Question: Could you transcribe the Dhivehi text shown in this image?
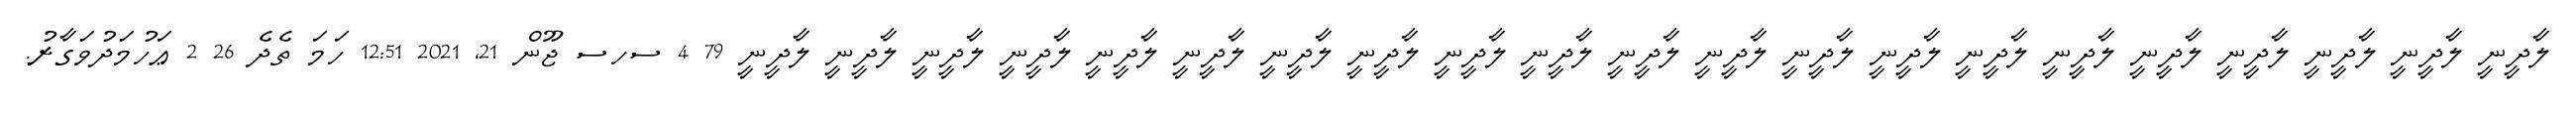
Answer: ލާދީނީ ލާދީނީ ލާދީނީ ލާދީނީ ލާދީނީ ލާދީނީ ލާދީނީ ލާދީނީ ލާދީނީ ލާދީނީ ލާދީނީ ލާދީނީ ލާދީނީ ލާދީނީ ލާދީނީ ލާދީނީ ލާދީނީ ލާދީނީ ލާދީނީ ލާދީނީ ލާދީނީ 79 4 ސހސ ޖޫން 21, 2021 12:51 ހަމަ ތެދެ 26 2 ޢަހުމަދުވަގާރު.